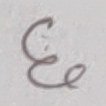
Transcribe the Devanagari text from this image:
६